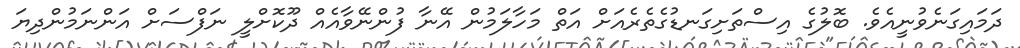
ދަމައިގަނެވުނީއެވެ. ބޮލުގެ އިސްތަށިގަނޑުގެތެރެއަށް އަތް މަހާލަމުން އޭނާ ފުންނޭވާއެއް ދޫކޮށްލީ ނަފްސަށް އަންނަމުންދިޔަ